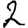
Digit: 2